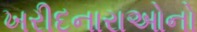
ખરીદનારાઓનો